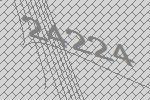
24224